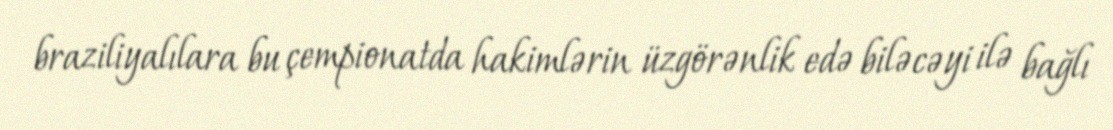
braziliyalılara bu çempionatda hakimlərin üzgörənlik edə biləcəyi ilə bağlı